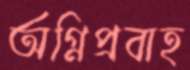
অগ্নিপ্রবাহ